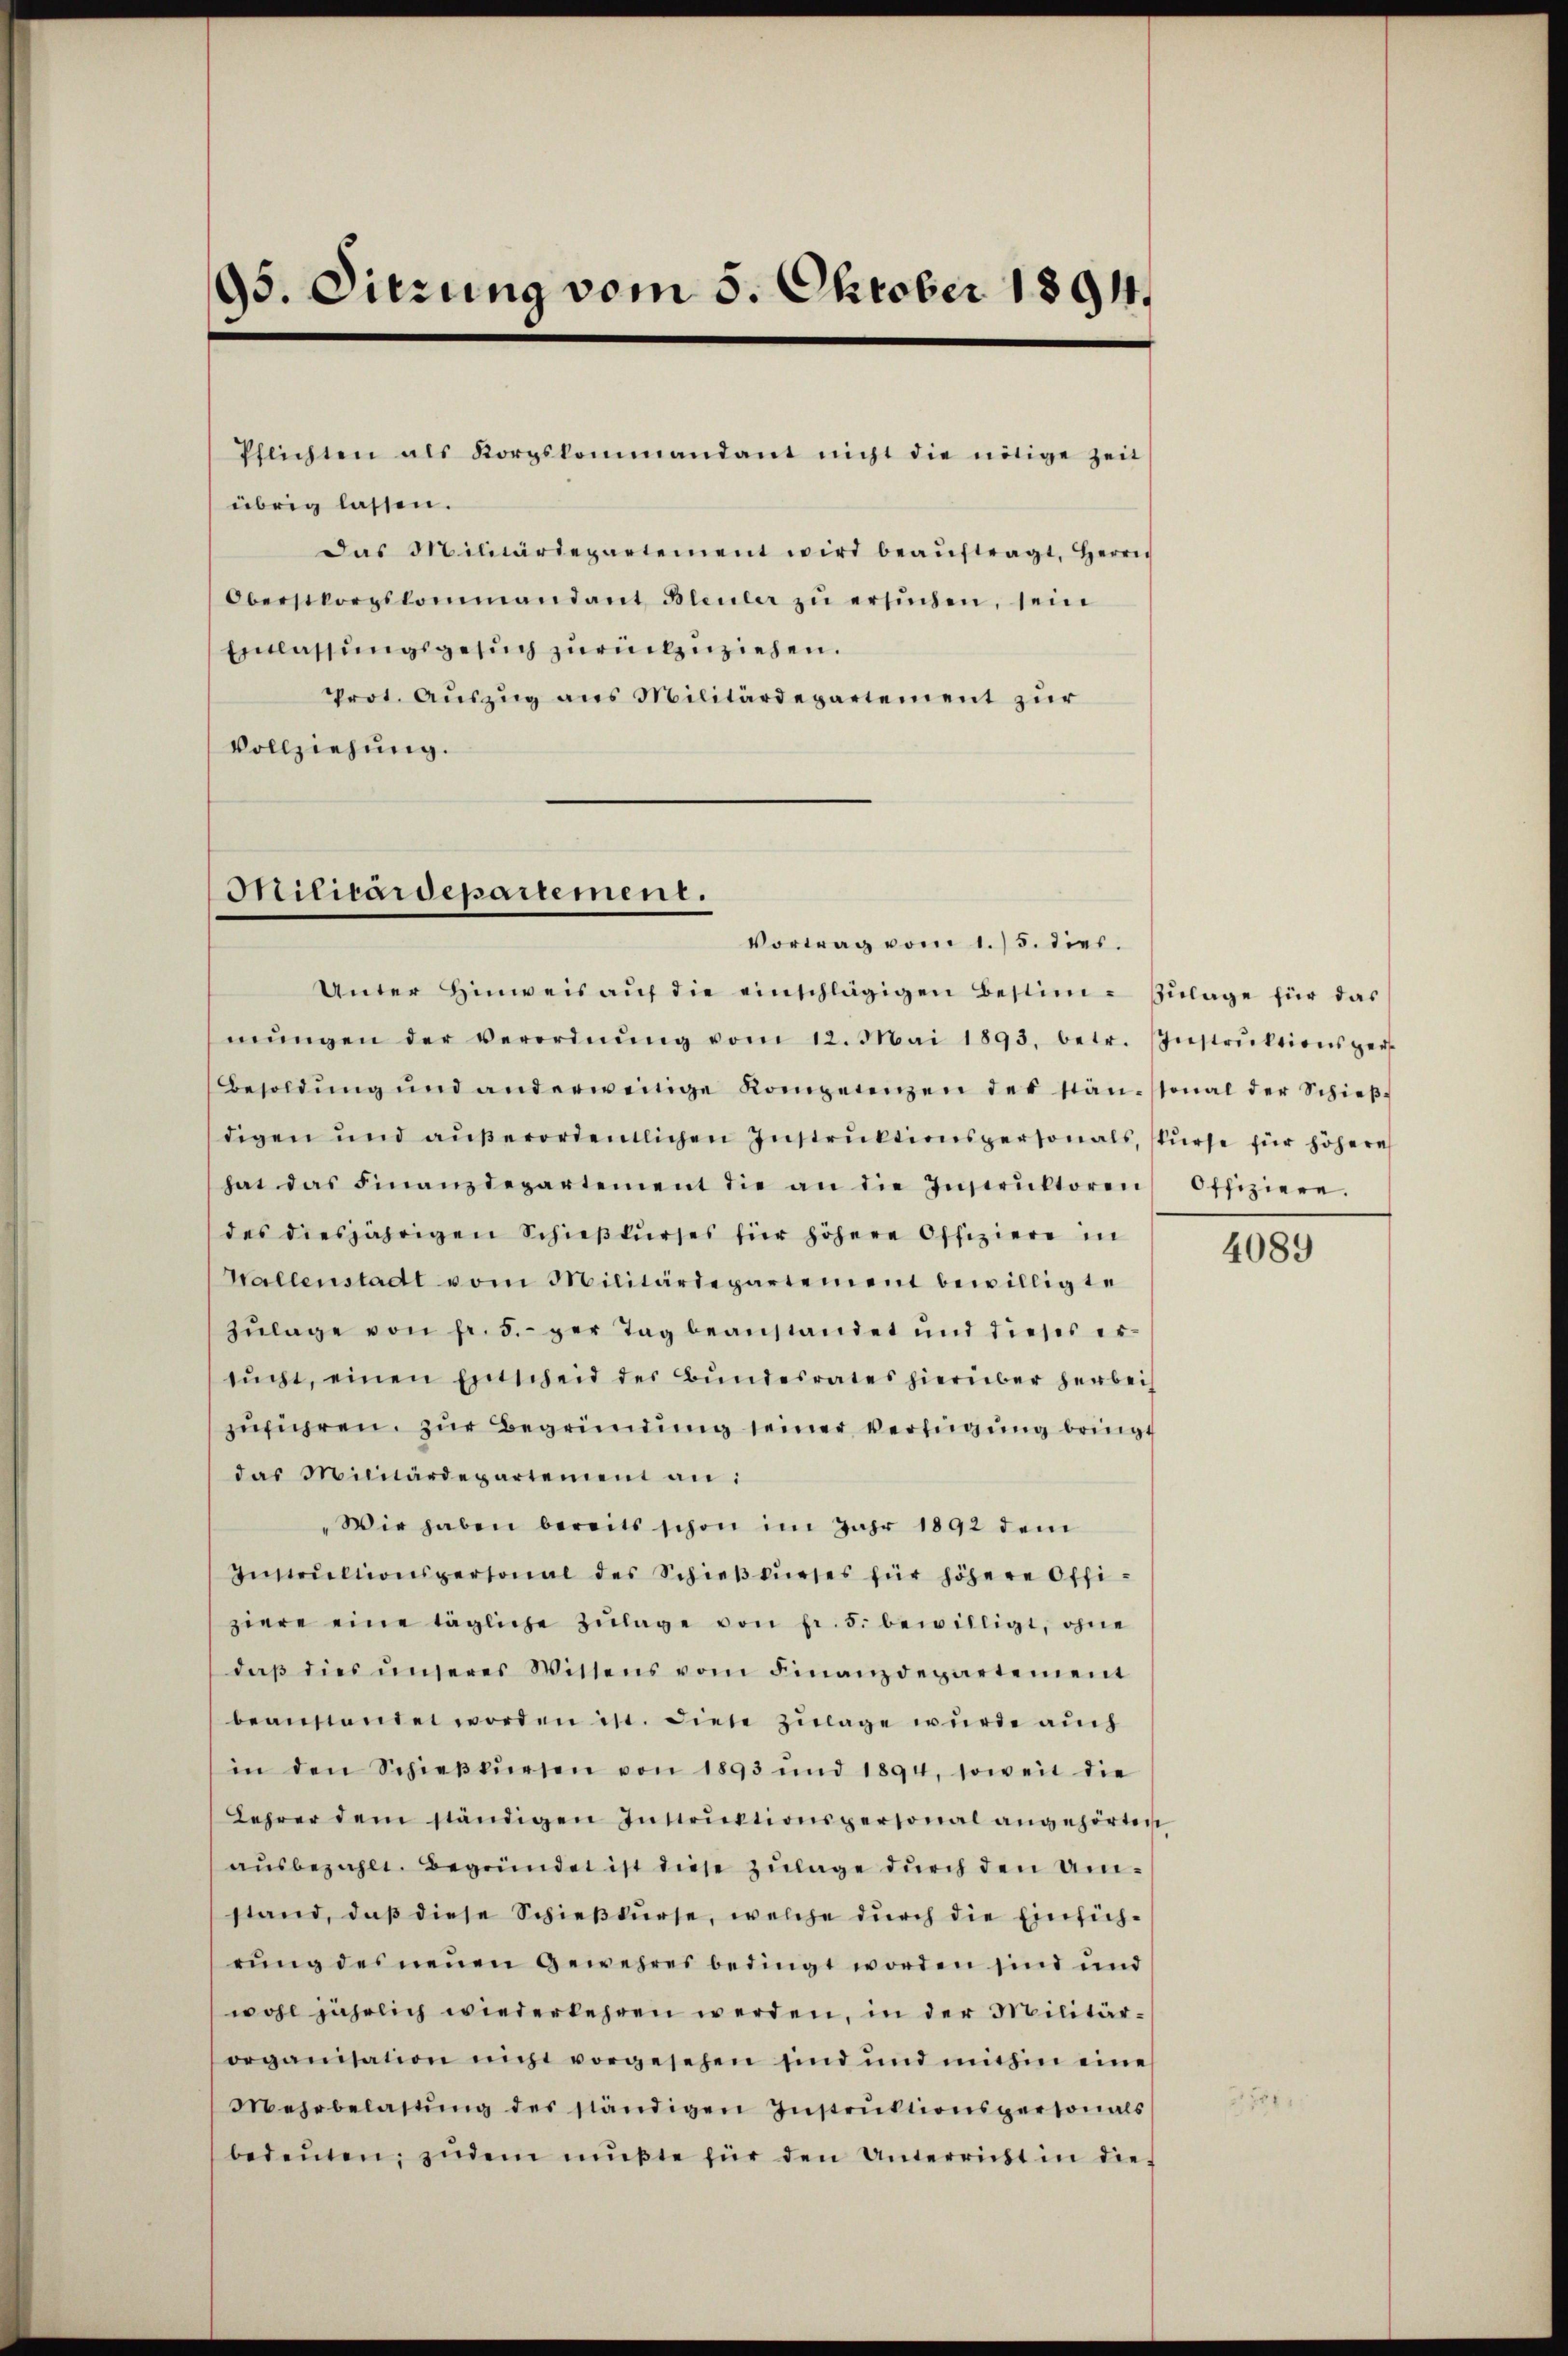
95. Sitzung vom 5. Oktober 1894.

übrig lassen.
Das Militärdepartement wird beaŭftragt, Herrn
Oberstkorpskommandant Bleuler zŭ ersŭchen, sein
Einlassungsgesuch zurückzuziehen.
Prot. Auszug aus Militärdepartement zur
Vollziehung.

Pflichten als Korpskommandant nicht die nötige Zeit

Militardepartement.

Unter Hinweis aŭf die einschlägigen Bestim- Zulage für das
mŭngen der Verordnŭng vom 12. Mai 1893, betr. Instrŭktionspers
Besoldŭng und anderwenige Kompetenzen der stantonal der Schieβ-
digen und aŭβerordentlichen Instruktionspersonals, stürse für höhere
hat das Finanzdepartement die an die Instrŭktoren Offiziere.
des diesjährigen Schieβkŭrses für höhere Offiziere in
Wallenstadt vom Militärdepartement bewilligte
Zŭlage von Fr. 5. per Tag beanstandet und dieses ersŭcht, einen Entscheid der Bundesrates hierüber herbei
zuführen. Zur Begründung seiner Verfügung bringt
das Militärdepartement an:
"Wir haben bereits schon im Jahr 1892 dem
Instrŭktionspersonal des Schieβkŭrses für höhere Offi-
ziere eine tägliche Zŭlage von fr. 5. bewilligt, ohne
daβ dies ŭnserer Wittens vom Finanzdepartement
beansenden worden ist. Diese Zulage wurde auch
in den Schieβkŭrsen von 1893 und 1894, soweit die
Lehrer dem ständigen Instrŭktionspersonal angehörten
ausbezahlt. Begründet ist diese Zulage durch den Umstand, daß diese Schießkurse, welche durch die Einsichrung des neuen Gewehres bedingt worden sind und
wohl jährlich wiederkehren werden, in der Militärorganisation nicht vorgesehen sind und mithin eine
Mehrbelastŭng des ständigen Instrŭktionspersonals
bedeŭten; zudem mŭβte für den Unterricht in die

Vortrag vom 1./5. dies.

4089